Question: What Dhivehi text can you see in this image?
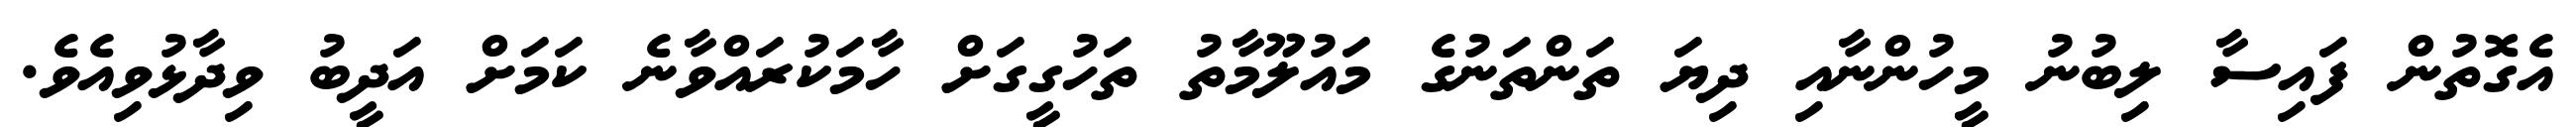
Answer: އެގޮތުން ފައިސާ ލިބުނު މީހުންނާއި ދިޔަ ތަންތަނުގެ މައުލޫމާތު ތަހުގީގަށް ހާމަކުރައްވާނެ ކަމަށް އަދީބު ވިދާޅުވިއެވެ.